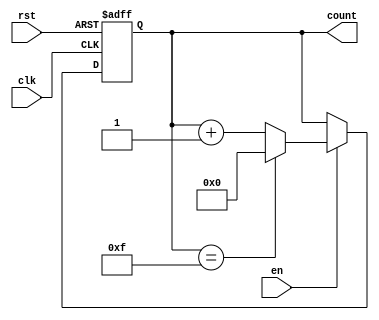
module multi_bit_counter #(
    parameter N = 4 // Number of bits in the counter (default is 4 for a range of 0 to 15)
)(
    input wire clk,       // Clock signal
    input wire rst,       // Asynchronous reset (active high)
    input wire en,        // Enable signal
    output reg [N-1:0] count // n-bit output for the current count value
);

// Maximum value for the counter
localparam MAX_COUNT = (1 << N) - 1; // 2^N - 1

// Sequential logic for the counter
always @(posedge clk or posedge rst) begin
    if (rst) begin
        count <= 0; // Reset count to 0
    end else if (en) begin
        if (count == MAX_COUNT) begin
            count <= 0; // Wrap around to 0
        end else begin
            count <= count + 1; // Increment the count
        end
    end
end

endmodule